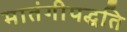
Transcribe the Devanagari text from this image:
मातंगीपद्धति